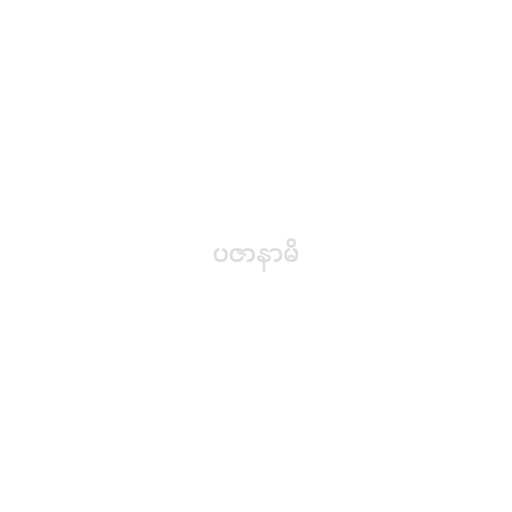
ပဇာနာမိ